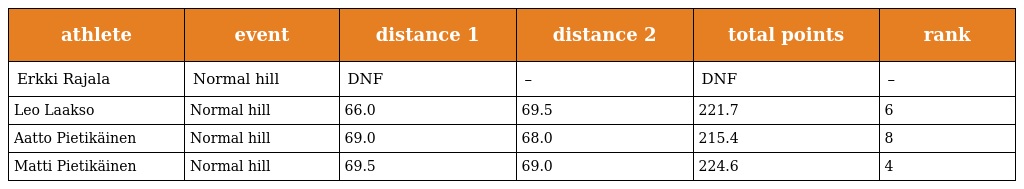
| athlete | event | distance 1 | distance 2 | total points | rank |
 | --- | --- | --- | --- | --- | --- |
 | Erkki Rajala | Normal hill | DNF | – | DNF | – |
 | Leo Laakso | Normal hill | 66.0 | 69.5 | 221.7 | 6 |
 | Aatto Pietikäinen | Normal hill | 69.0 | 68.0 | 215.4 | 8 |
 | Matti Pietikäinen | Normal hill | 69.5 | 69.0 | 224.6 | 4 |